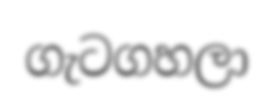
ගැටගහලා